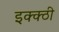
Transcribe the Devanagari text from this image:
इक्क्ठी